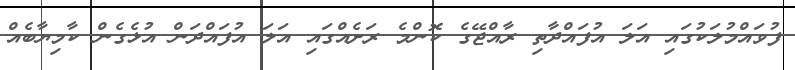
ފުވައްމުލަކުގައި އަލަ އުފައްދާތި ރާއްޖޭގެ ކޮންމެ ރަށެއްގައި އަލަ އުފައްދަން އުޅެގެން ކާމިޔާބެއް